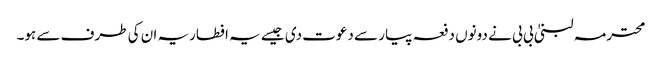
محترمہ لبنیٰ بی بی نے دونوں دفعہ پیار سے دعوت دی جیسے یہ افطاریہ ان کی طرف سے ہو۔